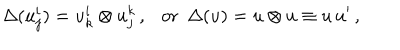
\Delta ( u _ { j } ^ { i } ) = u _ { k } ^ { i } \otimes u _ { j } ^ { k } \, , \ \ \ \mathrm { o r } \ \ \Delta ( u ) = u \otimes u \equiv u \, u ^ { \prime } \, ,